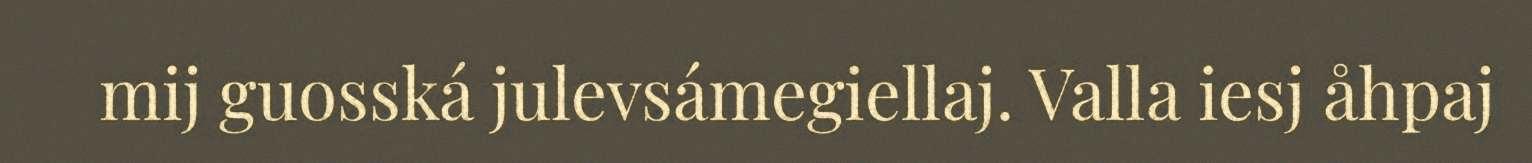
mij guosská julevsámegiellaj. Valla iesj åhpaj